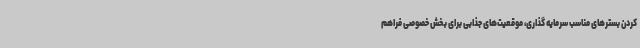
کردن بسترهای مناسب سرمایه گذاری، موقعیت‌های جذابی برای بخش خصوصی فراهم